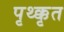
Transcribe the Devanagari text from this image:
पृथ्क्कृत